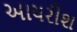
આયરીશ